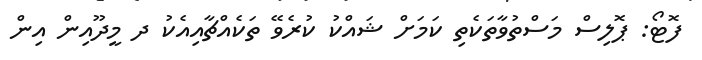
ފޮޓޯ: ޕޮލިސް މަސްތުވާތަކެތި ކަމަށް ޝައްކު ކުރެވޭ ތަކެއްޗާއިއެކު ދ މީދޫއިން އިން